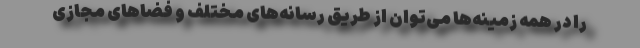
را در همه زمینه‌ها می‌توان از طریق رسانه‌های مختلف و فضاهای مجازی